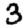
Digit: 3